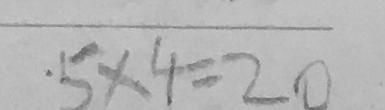
5 \times 4 = 2 0